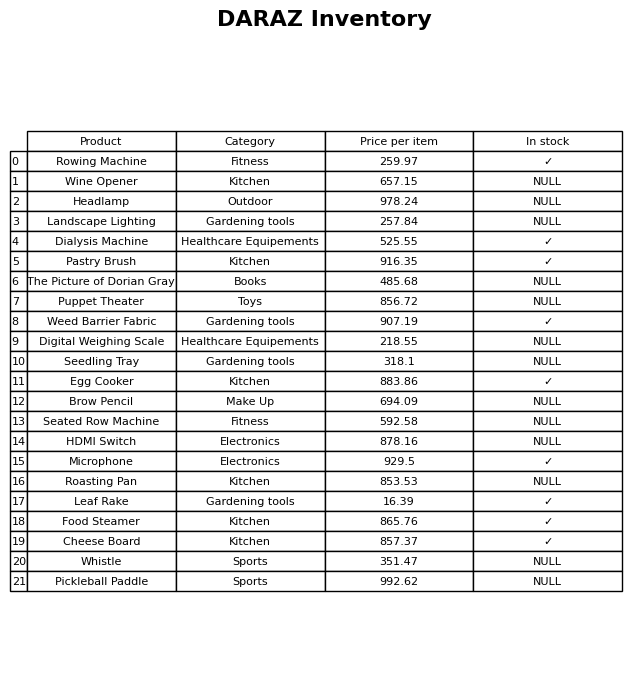
question: Which products are available in stock?
answer: Rowing Machine, Dialysis Machine, Pastry Brush, Weed Barrier Fabric, Egg Cooker, Microphone, Leaf Rake, Food Steamer, Cheese Board